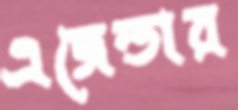
এজেন্ডার